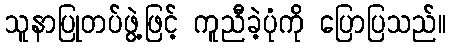
သူနာပြုတပ်ဖွဲ့ဖြင့် ကူညီခဲ့ပုံကို ပြောပြသည်။